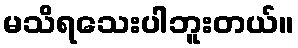
မသိရသေးပါဘူးတယ်။